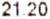
21.20